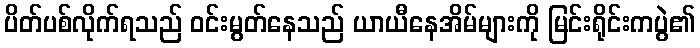
ပိတ်ပစ်လိုက်ရသည် ဝင်းမွတ်နေသည် ယာယီနေအိမ်များကို မြင်းရိုင်းကပွဲ၏